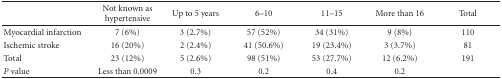
<table><thead><tr><td></td><td><b>Not known as hypertensive</b></td><td><b>Up to 5 years</b></td><td><b>6–10</b></td><td><b>11–15</b></td><td><b>More than 16</b></td><td><b>Total</b></td></tr></thead><tbody><tr><td>Myocardial infarction</td><td>7 (6%)</td><td>3 (2.7%)</td><td>57 (52%)</td><td>34 (31%)</td><td>9 (8%)</td><td>110</td></tr><tr><td>Ischemic stroke</td><td>16 (20%)</td><td>2 (2.4%)</td><td>41 (50.6%)</td><td>19 (23.4%)</td><td>3 (3.7%)</td><td>81</td></tr><tr><td>Total</td><td>23 (12%)</td><td>5 (2.6%)</td><td>98 (51%)</td><td>53 (27.7%)</td><td>12 (6.2%)</td><td>191</td></tr><tr><td><i>P</i> value</td><td>Less than 0.0009</td><td>0.3</td><td>0.2</td><td>0.4</td><td>0.2</td><td></td></tr></tbody></table>